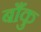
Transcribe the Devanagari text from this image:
बाँकु